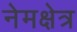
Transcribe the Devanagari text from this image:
नेमक्षेत्र